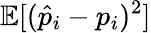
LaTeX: \mathbb{E}[(\hat{p}_{i}-p_{i})^{2}]